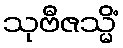
သုဗီဇသ္မိံ